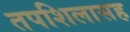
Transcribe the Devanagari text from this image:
तपशिलासह